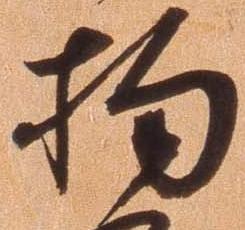
拘